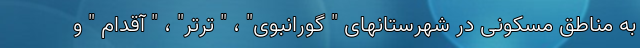
به مناطق مسکونی در شهرستانهای " گورانبوی" ، " ترتر" ، " آقدام " و